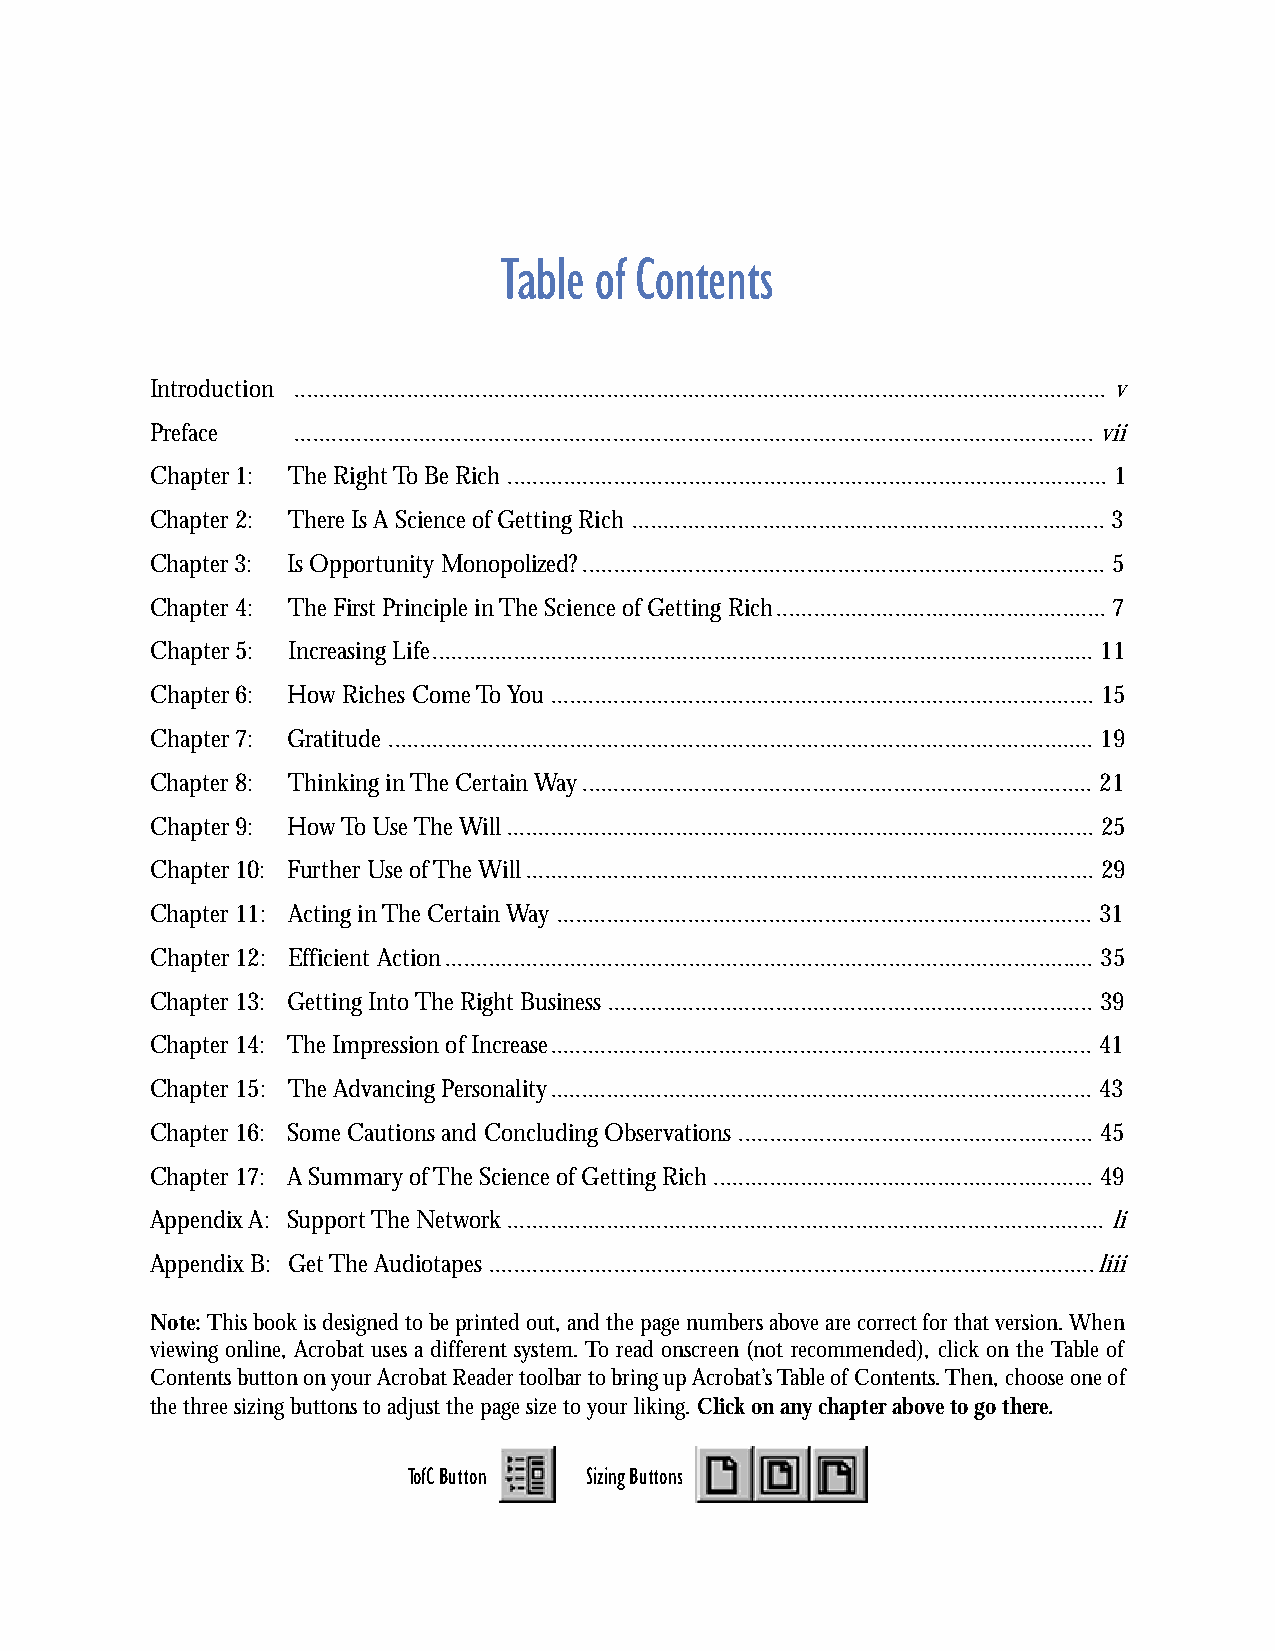
Table of Contents
 Introduction .................................................................................................................................. v
 Preface  ................................................................................................................................ vii
 Chapter 1: The Right To Be Rich ................................................................................................1
 Chapter 2: There Is A Science of Getting Rich ............................................................................3
 Chapter 3: Is Opportunity Monopolized?....................................................................................5
 Chapter 4: The First Principle in The Science of Getting Rich.....................................................7
 Chapter 5: Increasing Life.......................................................................................................... 11
 Chapter 6: How Riches Come To You ....................................................................................... 15
 Chapter 7: Gratitude ................................................................................................................. 19
 Chapter 8: Thinking in The Certain Way.................................................................................. 21
 Chapter 9: How To Use The Will.............................................................................................. 25
 Chapter 10: Further Use of The Will........................................................................................... 29
 Chapter 11: Acting in The Certain Way ...................................................................................... 31
 Chapter 12: Efficient Action........................................................................................................ 35
 Chapter 13: Getting Into The Right Business.............................................................................. 39
 Chapter 14: The Impression of Increase....................................................................................... 41
 Chapter 15: The Advancing Personality....................................................................................... 43
 Chapter 16: Some Cautions and Concluding Observations ......................................................... 45
 Chapter 17: A Summary of The Science of Getting Rich............................................................. 49
 Appendix A: Support The Network................................................................................................ li
 Appendix B: Get The Audiotapes .................................................................................................liii
 Note: This book is designed to be printed out, and the page numbers above are correct for that version. When
 viewing online, Acrobat uses a different system. To read onscreen (not recommended), click on the Table of
 Contents button on your Acrobat Reader toolbar to bring up Acrobat’s Table of Contents. Then, choose one of
 the three sizing buttons to adjust the page size to your liking. Click on any chapter above to go there.
 TofC Button Sizing Buttons
 iii